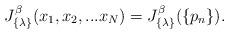
\begin{align*}J_{\{ \lambda \} }^{\beta}(x_1, x_2,...x_N)=J_{\{ \lambda \} }^{\beta}(\{ p_n \}).\end{align*}